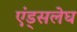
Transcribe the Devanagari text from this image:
एंड्सलेघ